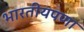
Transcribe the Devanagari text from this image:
भारतीयपणा